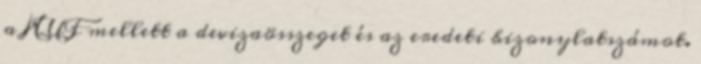
a HUF mellett a devizaösszeget és az eredeti bizonylatszámot.